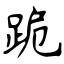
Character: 跪